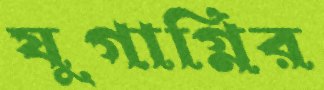
যুগাগ্নির